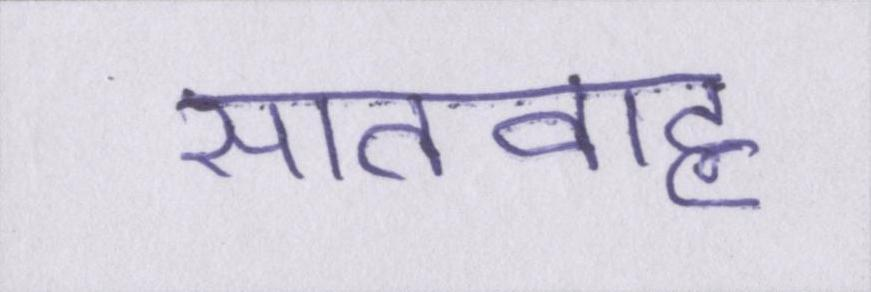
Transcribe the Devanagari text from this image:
सातवाह्न